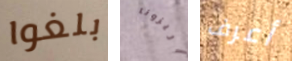
بلغوا اريزونا أعرف